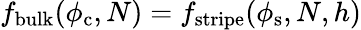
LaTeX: f_{\mathrm{bulk}}(\phi_{\mathrm{c}},N)=f_{\mathrm{stripe}}(\phi_{\mathrm{s}},N,h)